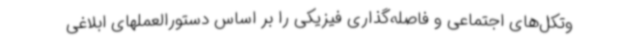
وتکل‌های اجتماعی و فاصله‌گذاری فیزیکی را بر اساس دستورالعملهای ابلاغی